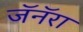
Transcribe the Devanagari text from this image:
जॅनॅरा